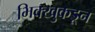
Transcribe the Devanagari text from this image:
भिक्खुकडून